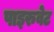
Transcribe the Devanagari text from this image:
पाइरुवेट